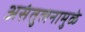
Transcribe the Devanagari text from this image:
असंतुलनामुळे